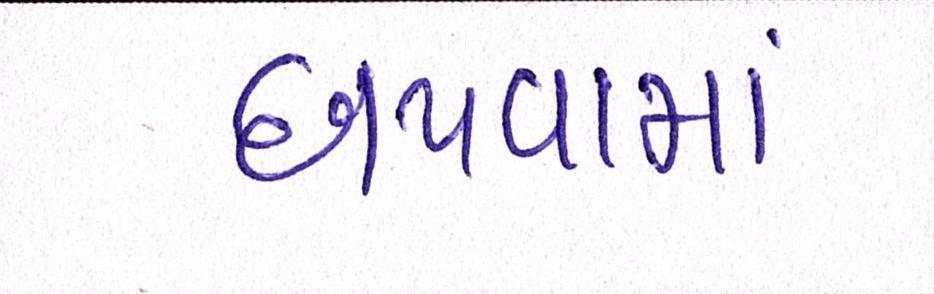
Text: છાપવામાં